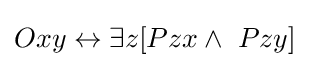
Oxy\leftrightarrow \exists z[Pzx\land \ Pzy]